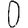
Digit: 0